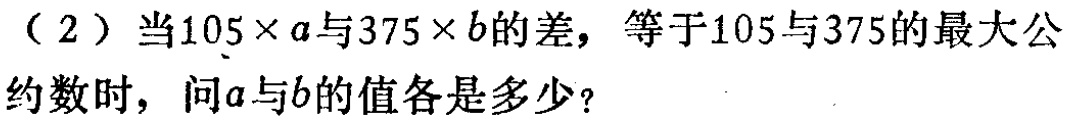
（2）当\(105\times a\)与\(375\times b\)的差，等于\(105\)与\(375\)的最大公约数时，问\(a\)与\(b\)的值各是多少？